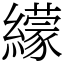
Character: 𦆟